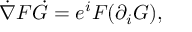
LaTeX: { \dot { \nabla } } F { \dot { G } } = e ^ { i } F ( \partial _ { i } G ) ,